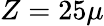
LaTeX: Z=25\mu